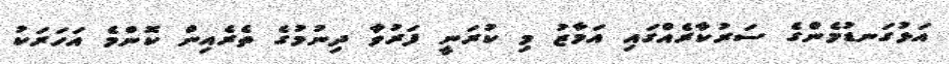
އަޅުގަނޑުމެންގެ ސަރުކާރެއްގައި އަމާޒު މި ކުރަނީ ފަރުވާ ދިނުމުގެ ތެރެއިން ކޮންމެ އަހަރަކު